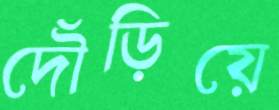
দৌঁড়িয়ে